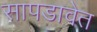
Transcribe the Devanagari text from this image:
सापडावेत